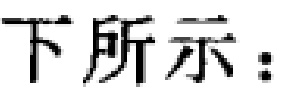
下所示：